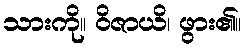
သားကို။ ဝိဇာယိ၊ ဖွား၏။